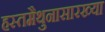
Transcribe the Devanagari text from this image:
हस्तमैथुनासारख्या